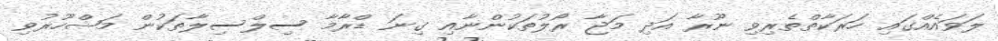
ލަވައެއްގައި ހަރަކާތްތެރިވި ނޫރާ އަދި މަޖާ ރޯލުތަކުންނާއި ގިނަ ޑްރާމާ ސިލްސިލާތަކުން މަޝްހޫރުވި